Problem: 48 + 30 = ?
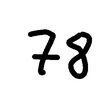
Handwritten answer: 78